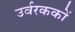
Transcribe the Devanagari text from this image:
उर्वरककों